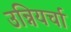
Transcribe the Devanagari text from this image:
उन्नियर्चा